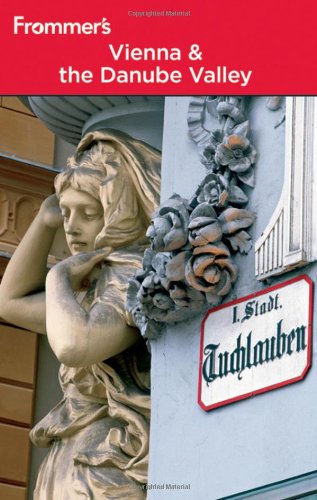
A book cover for Frommer's Vienna and the Danube Valley (Frommer's Complete Guides); Dardis McNamee; Travel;